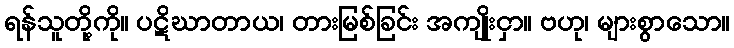
ရန်သူတို့ကို။ ပဋိဃာတာယ၊ တားမြစ်ခြင်း အကျိုးငှာ။ ဗဟု၊ များစွာသော။